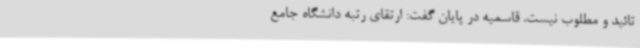
تائید و مطلوب نیست. قاسمیه در پایان گفت: ارتقای رتبه دانشگاه جامع